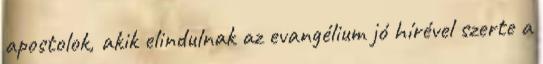
apostolok, akik elindulnak az evangélium jó hírével szerte a